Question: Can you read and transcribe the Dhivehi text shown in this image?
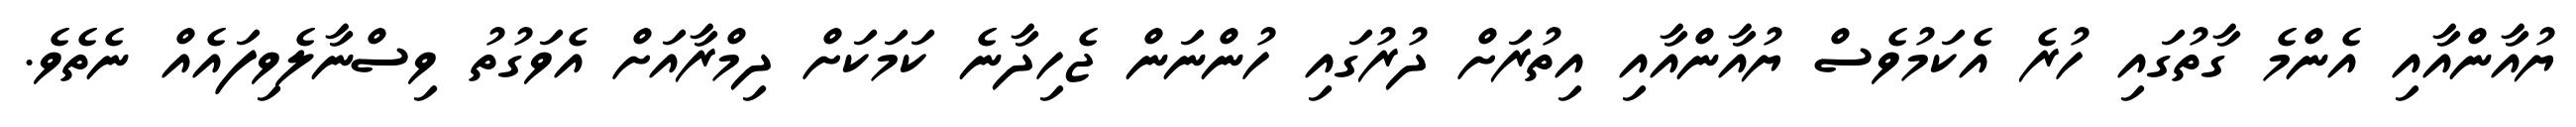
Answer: ޔުއާންއާއި އެންމެ ގާތުގައި ހުރެ އެކަމުވެސް ޔުއާންއާއި އިތުރަށް ދުރުގައި ހުންނަން ޖެހިދާނެ ކަމަކަށް ދިމްރާއަށް އެވަގުތު ވިސްނާލެވިފައެއް ނެތެވެ.